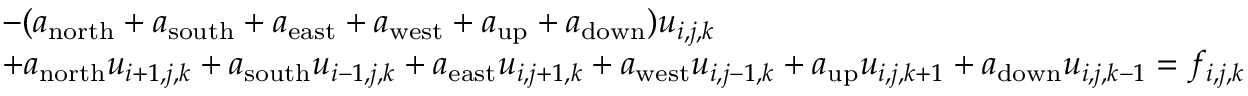
\begin{array} { r l } & { - ( a _ { \mathrm { n o r t h } } + a _ { \mathrm { s o u t h } } + a _ { \mathrm { e a s t } } + a _ { \mathrm { w e s t } } + a _ { \mathrm { u p } } + a _ { \mathrm { d o w n } } ) u _ { i , j , k } } \\ & { + a _ { \mathrm { n o r t h } } u _ { i + 1 , j , k } + a _ { \mathrm { s o u t h } } u _ { i - 1 , j , k } + a _ { \mathrm { e a s t } } u _ { i , j + 1 , k } + a _ { \mathrm { w e s t } } u _ { i , j - 1 , k } + a _ { \mathrm { u p } } u _ { i , j , k + 1 } + a _ { \mathrm { d o w n } } u _ { i , j , k - 1 } = f _ { i , j , k } } \end{array}